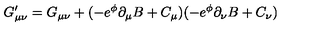
G _ { \mu \nu } ^ { \prime } = G _ { \mu \nu } + ( - e ^ { \phi } \partial _ { \mu } B + C _ { \mu } ) ( - e ^ { \phi } \partial _ { \nu } B + C _ { \nu } )